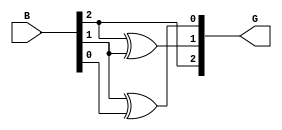
module B_G( input [2:0]B,output [2:0]G );
 // gate level modelling
  buf (G[2],B[2]);
  xor x1(G[1],B[2],B[1]);
  xor x2 (G[0],B[1],B[0]);
endmodule